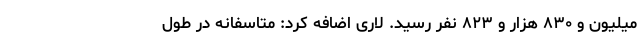
میلیون و ۸۳۰ هزار و ۸۲۳ نفر رسید. لاری اضافه کرد: متاسفانه در طول